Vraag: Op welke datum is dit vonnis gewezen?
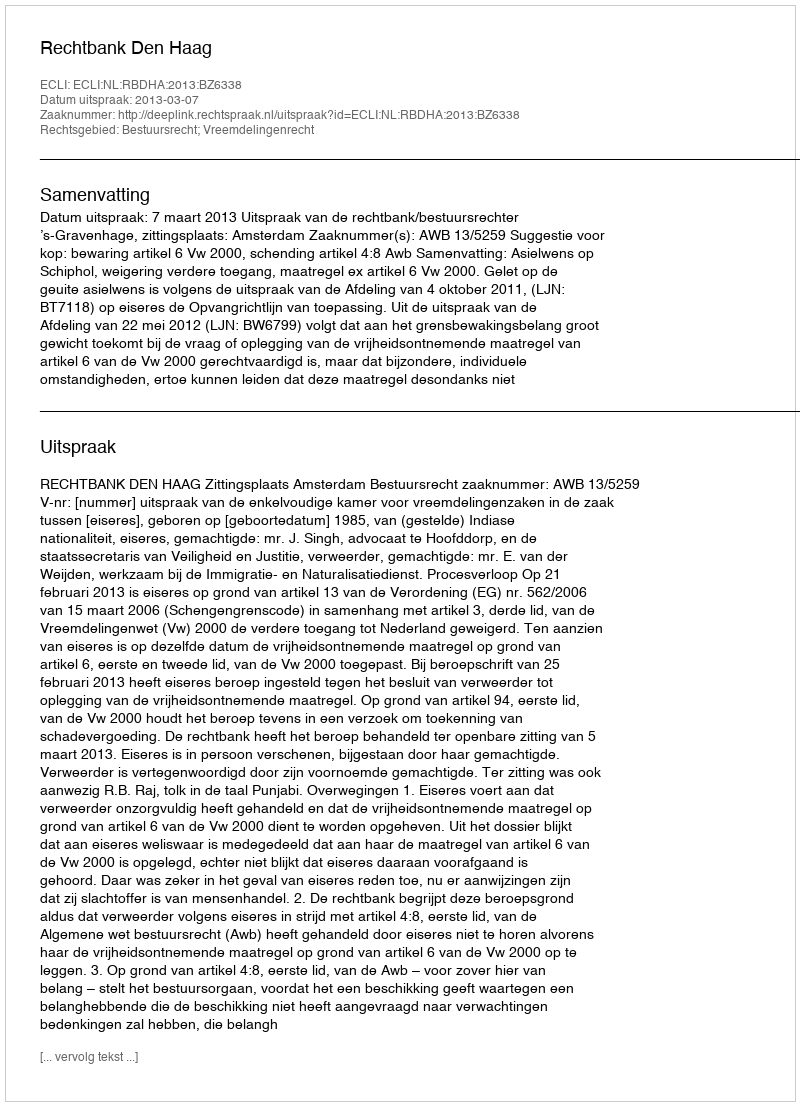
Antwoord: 2013-03-07